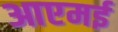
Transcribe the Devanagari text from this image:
आएमई